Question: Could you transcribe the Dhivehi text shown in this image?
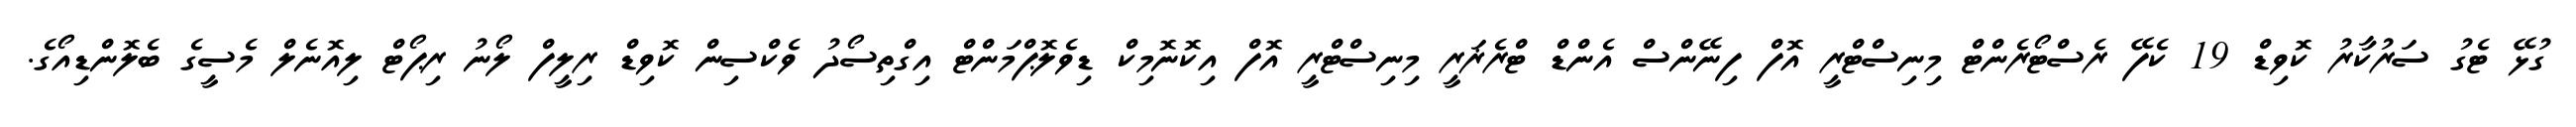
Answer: ގުޅޭ ޓެގު ސަރުކާރު ކޮވިޑް 19 ކެފޭ ރެސްޓޯރެންޓް މިނިސްޓްރީ އޮފް ފިނޭންސް އެންޑް ޓްރެޜަރީ މިނިސްޓްރީ އޮފް އިކޮނޮމިކް ޑިވެލޮޕްމަންޓް އިގްތިސޯދު ވެކްސިން ކޮވިޑް ރިލީފް ލޯނު ރިޕޯޓް ލިއޮނެލް މެސީގެ ބެލޮންޑިއޯގެ.